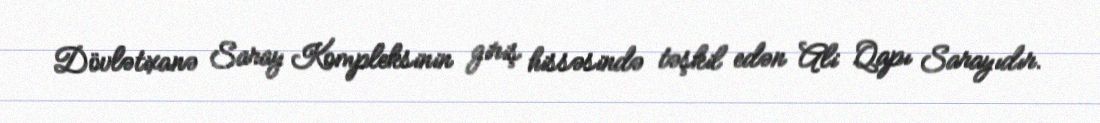
Dövlətixanə Saray Kompleksinin giriş hissəsində təşkil edən Ali Qapı Sarayıdır.